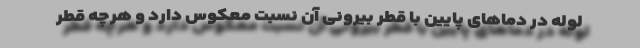
لوله در دماهای پایین با قطر بیرونی آن نسبت معکوس دارد و هرچه قطر